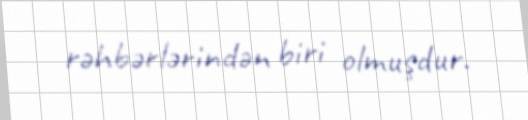
rəhbərlərindən biri olmuşdur.